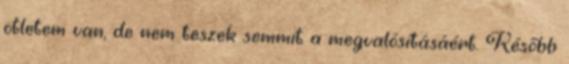
ötletem van, de nem teszek semmit a megvalósításáért. Később